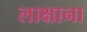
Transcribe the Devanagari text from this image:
लाक्षाना